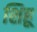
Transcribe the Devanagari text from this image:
शिहू